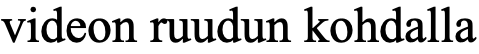
videon ruudun kohdalla